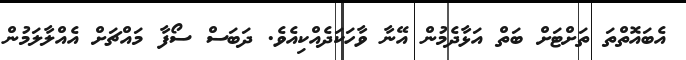
އެބައޮތްތަ ތަށްޓަށް ބަތް އަޅާދެމުން އޭނާ ވާހަކަދެއްކިއެވެ. ދަބަސް ސޯފާ މައްޗަށް އެއްލާލަމުން